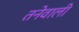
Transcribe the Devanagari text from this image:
तनेवाली